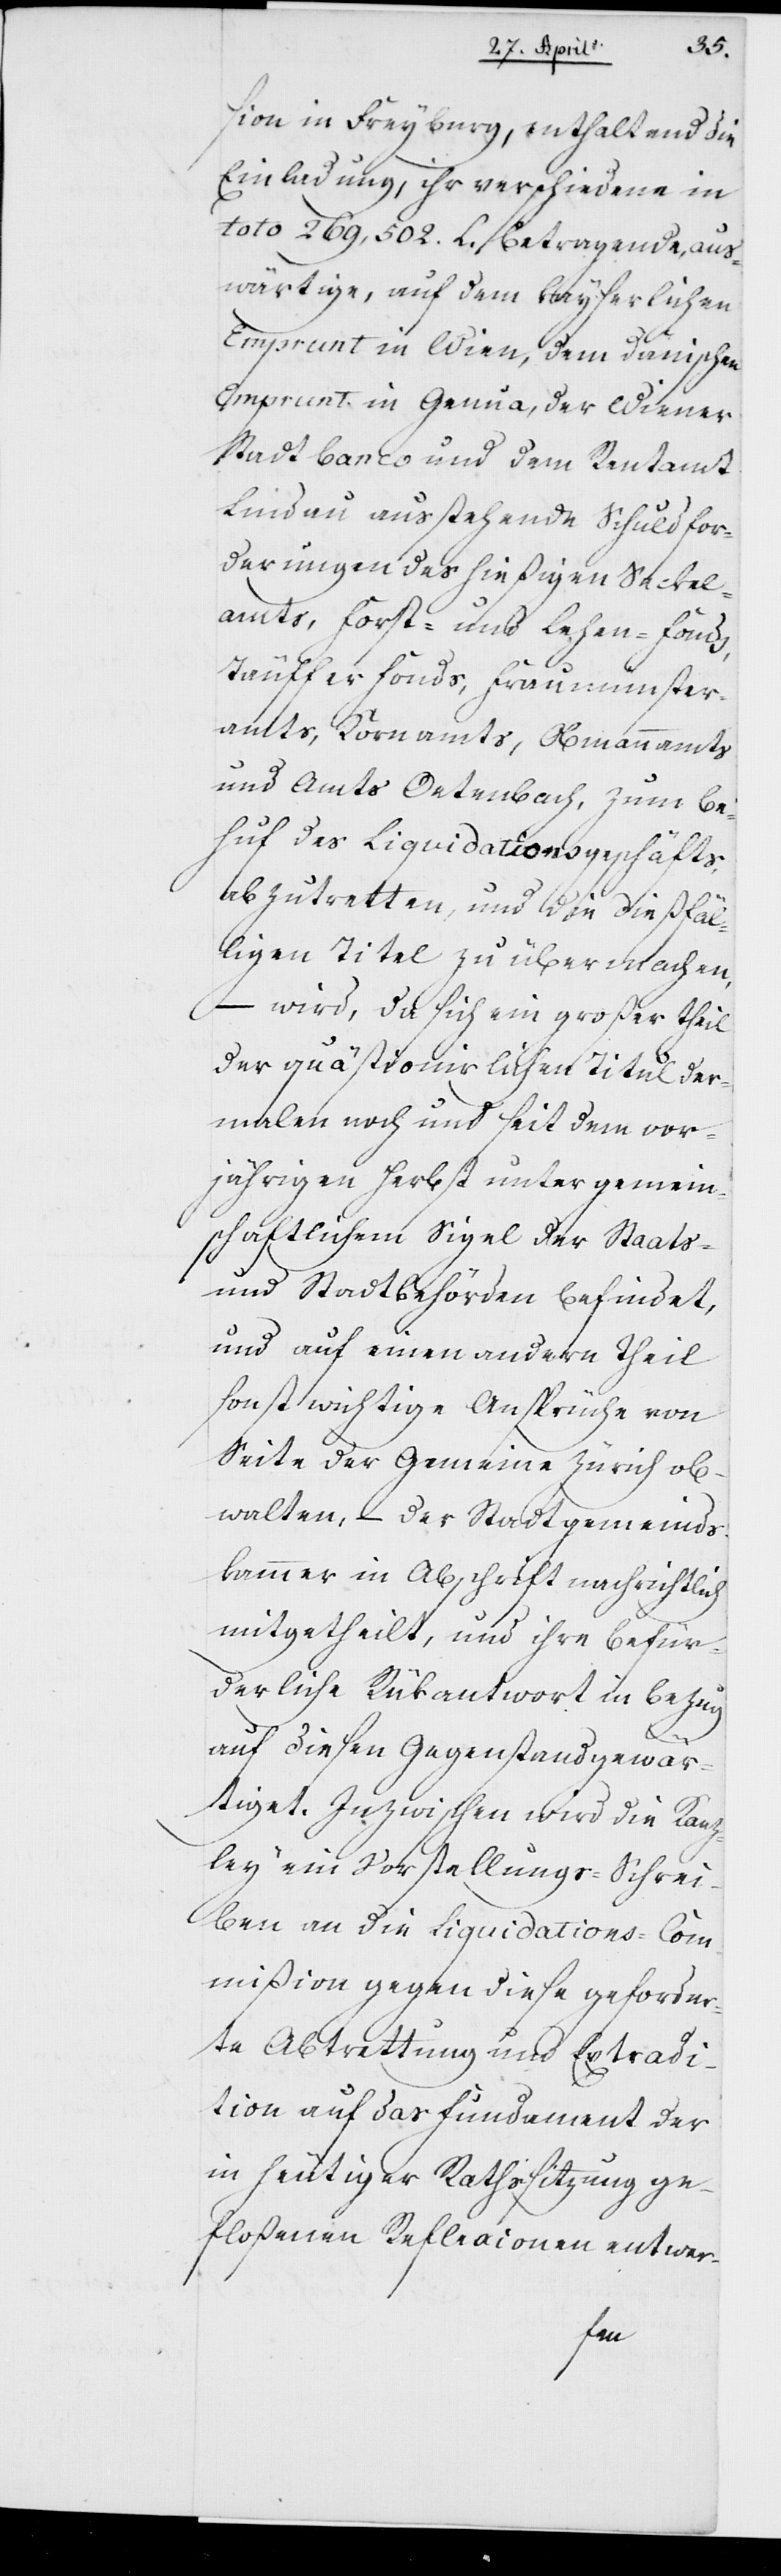
sion in Freyburg, enthaltend die
Einladung, ihr verschiedene in
toto 269,502 L. betragende, aus¬
wärtige, auf dem kaiserlichen
Emprunt in Wien, dem dänischen
Emprunt in Genua, der Wiener
Stadt banco und dem Rentamt
Lindau ausstehende Schuldfor¬
derungen des hiesigen Seckel¬
amts, Forst- und Lehen-Fonds,
Täufferfonds, Fraumünster¬
amts, Kornamts, Obmannamts
und Amts Oetenbach, zum Be¬
huf des Liquidationsgeschäfts
abzutretten, und die dießfäl¬
ligen Titel zu übermachen,
– wird, da sich ein großer Theil
der quästionirlichen Titel der¬
malen noch und seit dem vor¬
jährigen Herbst unter gemein¬
schaftlichem Sigel der Staats-
und Stadtbehörden befindet,
und auf einen andern Theil
sonst wichtige Ansprüche von
Seite der Gemeinde Zürich ob¬
walten, – der Stadtgemeinds¬
kammer in Abschrift nachrichtlich
mitgetheilt, und ihre befür¬
derliche Rückantwort in Bezug
auf diesen Gegenstand gewär¬
tiget. Inzwischen wird die Kanz¬
lei ein Vorstellungs-Schrei¬
ben an die Liquidations-Com¬
mißion gegen diese geforder¬
te Abtretung und Extradi¬
tion auf das Fundament der
in heutiger Ratssitzung ge¬
floßenen Reflexionen entwer-